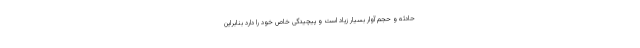
حادثه و حجم آوار بسیار زیاد است و پیچیدگی خاص خود را دارد بنابراین